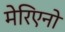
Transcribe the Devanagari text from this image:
मेरिएनो